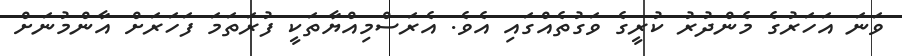
ވަނަ އަހަރުގެ މެންދުރު ކުރީގެ ވަގުތެއްގައި އެވެ. އެރަސްމިއްޔާތަކީ ފުރަތަމަ ފަހަރަށް އާންމުނަށް